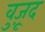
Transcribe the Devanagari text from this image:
वुज़ूद